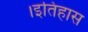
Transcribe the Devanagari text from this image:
।इतिहास